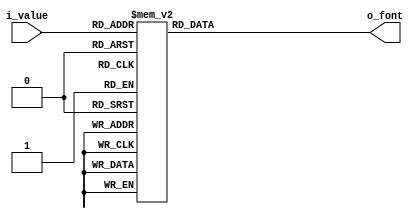
`timescale 1ns / 1ps

module BCDtoFNDdecoder(
    input [3:0] i_value,
    output [7:0] o_font
    );

    reg [7:0] r_font;
    assign o_font = r_font;

    always @(*) begin
        case (i_value)
            4'h0 : r_font = 8'hc0;
            4'h1 : r_font = 8'hf9;
            4'h2 : r_font = 8'ha4;
            4'h3 : r_font = 8'hb0;
            4'h4 : r_font = 8'h99;
            4'h5 : r_font = 8'h92;
            4'h6 : r_font = 8'h82;
            4'h7 : r_font = 8'hf8;
            4'h8 : r_font = 8'h80;
            4'h9 : r_font = 8'h90;
            4'ha : r_font = 8'h7f;
            default: r_font = 8'hff;
        endcase
    end
endmodule